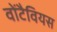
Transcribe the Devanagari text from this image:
वोंटैवियस